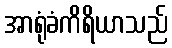
အာရုံခံကိရိယာသည်